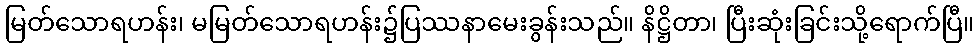
မြတ်သောရဟန်း၊ မမြတ်သောရဟန်း၌ပြဿနာမေးခွန်းသည်။ နိဋ္ဌိတာ၊ ပြီးဆုံးခြင်းသို့ရောက်ပြီ။